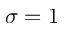
\sigma = 1